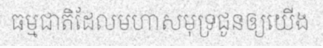
ធម្មជាតិដែលមហាសមុទ្រជូនឲ្យយើង